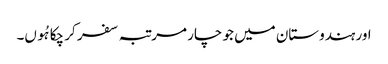
اور ہندوستان میں جو چار مرتبہ سفر کر چکا ہُوں۔